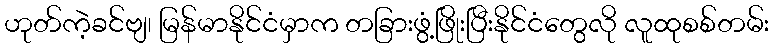
ဟုတ်ကဲ့ခင်ဗျ၊ မြန်မာနိုင်ငံမှာက တခြားဖွံ့ဖြိုးပြီးနိုင်ငံတွေလို လူထုစစ်တမ်း